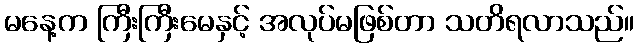
မနေ့က ကြီးကြီးမေနှင့် အလုပ်မဖြစ်တာ သတိရလာသည်။